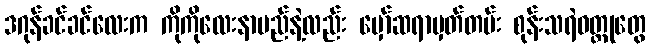
ဒဂုန်ခင်ခင်လေးက ကိုကိုလေးနာမည်နဲ့လည်း မှော်ဆရာမှတ်တမ်း စုန်းသရဲဝတ္ထုတွေ